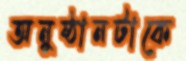
অনুষ্ঠানটাকে